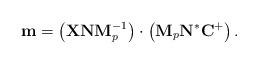
LaTeX: \begin{align*}\mathbf m=\left(\mathbf X \mathbf N \mathbf M_p^{-1}\right)\cdot \left( \mathbf M_p\mathbf N^*\mathbf C^+\right).\end{align*}